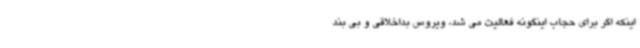
اینکه اگر برای حجاب اینگونه فعالیت می شد، ویروس بداخلاقی و بی بند